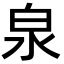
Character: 泉